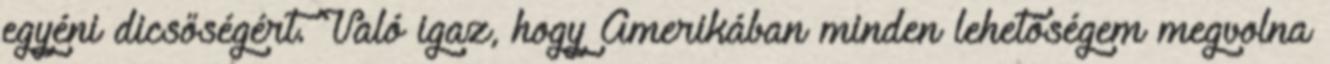
egyéni dicsőségért. Való igaz, hogy Amerikában minden lehetőségem megvolna